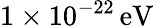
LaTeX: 1\times 10^{-22}\mathrm{\, eV}